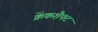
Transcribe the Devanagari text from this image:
क्रेंकशैफ्ट